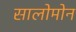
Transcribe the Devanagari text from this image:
सालोमोन